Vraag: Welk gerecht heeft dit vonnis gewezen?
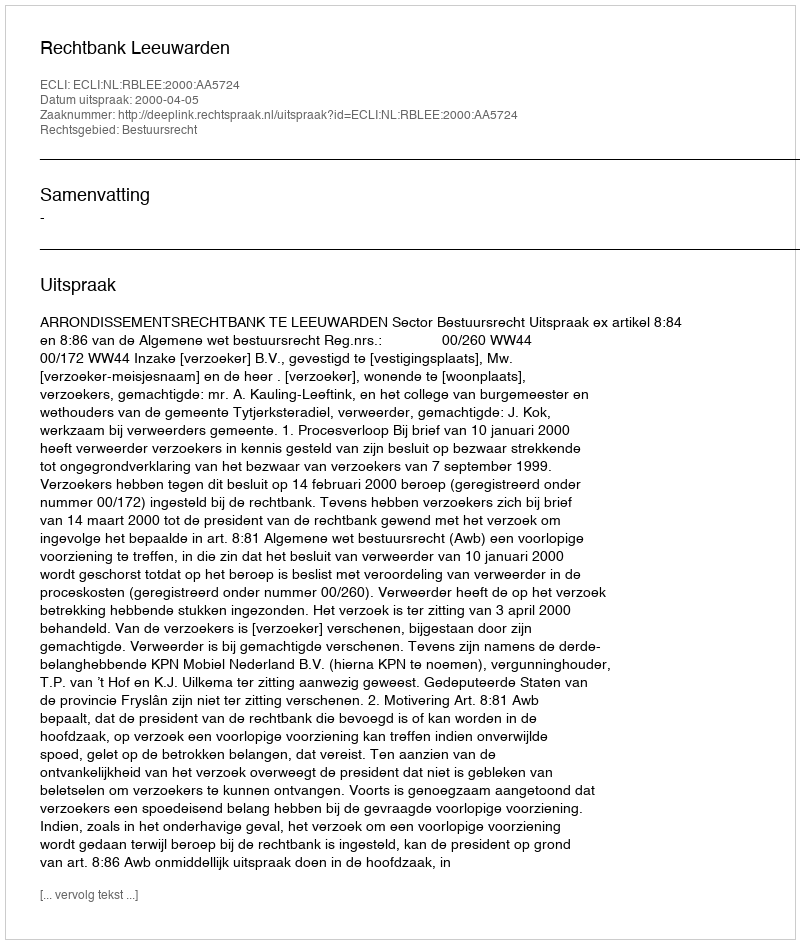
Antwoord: Rechtbank Leeuwarden